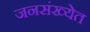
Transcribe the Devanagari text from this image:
जनसंख्येत